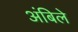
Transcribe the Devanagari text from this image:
अंबिले